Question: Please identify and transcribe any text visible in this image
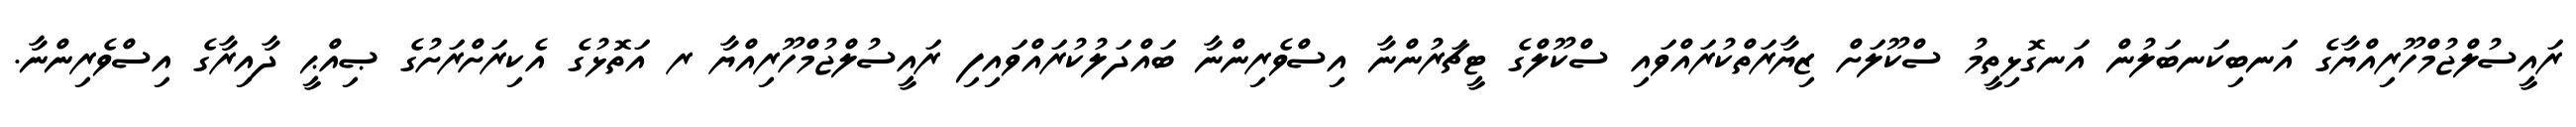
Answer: ރައީސުލްޖުމްހޫރިއްޔާގެ އަނބިކަނބަލުން އަނގޮޅިތީމު ސްކޫލަށް ޒިޔާރަތްކުރައްވައި ސްކޫލްގެ ޓީޗަރުންނާ އިސްވެރިންނާ ބައްދަލުކުރައްވައިފި ރައީސުލްޖުމްހޫރިއްޔާ ރ އަތޮޅުގެ އެކިރަށްރަށުގެ ޞިއްޙީ ދާއިރާގެ އިސްވެރިންނާ.